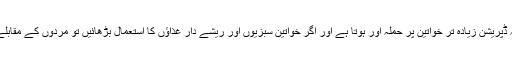
اس سروے سے ایک انکشاف یہ بھی ہوا کہ ڈپریشن زیادہ تر خواتین پر حملہ آور ہوتا ہے اور اگر خواتین سبزیوں اور ریشے دار غذاؤں کا استعمال بڑھائیں تو مردوں کے مقابلے میں خواتین کو اس کا زیادہ فائدہ ہوتا ہے۔